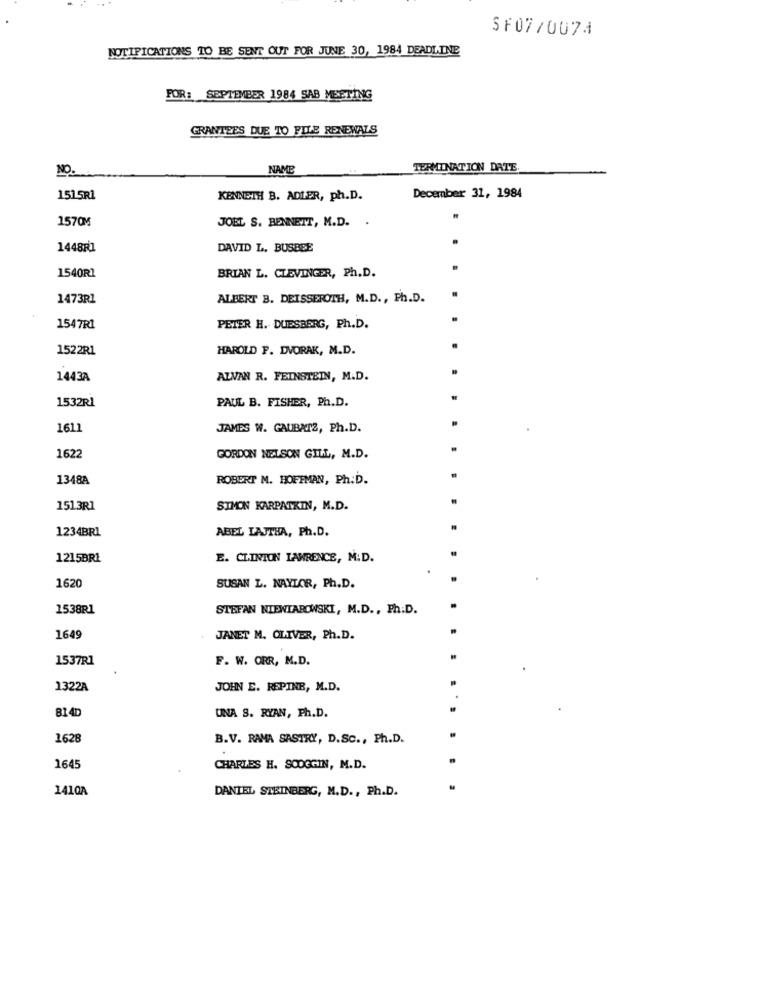
SF07/0074
NOTIFICATIONS TO BE SENT OUT FOR JUNE 30, 1984 DEADLINE
FOR: SEPTEMBER 1984 SAB MEETING
GRANTEES DUE TO FILE RENEWALS
NO.
NAME
TERMINATION DATE
1515R1
KENNETH B. ADLER, ph.D.
December 31, 1984
1570M
JOEL S. BENNETT, M.D. .
1448R1
DAVID L. BUSBEE
BRIAN L. CLEVINGER, Ph.D.
1540R1
1473R1
ALBERT B. DEISSEROTH, M.D ., Ph.D.
1547R1
PETER H. DUESBERG, Ph.D.
1522R1
HAROLD F. DVORAK, M.D.
1443A
ALVAN R. FEINSTEIN, M.D.
PAUL B. FISHER, Ph.D.
1532R1
1611
JAMES W. GAUBATZ, Ph.D.
1622
GORDON NELSON GILL, M.D.
1348A
ROBERT M. HOFFMAN, Ph.D.
1513R1
SIMON KARPATKIN, M.D.
1234BRL
ABEL LAJTHA, Ph.D.
1215BRI
E. CLINTON LAWRENCE, M.D.
1620
SUSAN L. NAYLOR, Ph.D.
1538R1
STEFAN NIENIAROWSKI, M.D ., Ph.D.
1649
JANET M. OLIVER, Ph.D.
1537R1
F. W. ORR, M.D.
1322A
JOHN E. REPINE, M.D.
814D
UNA S. RYAN, Ph.D.
1628
B.V. RAMA SASTRY, D.SC ., Ph.D.
1645
CHARLES H. SOOGGIN, M.D.
1410A
DANIEL SIBINBERG, M.D ., Ph.D.